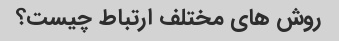
روش های مختلف ارتباط چیست؟